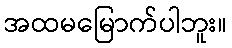
အထမမြောက်ပါဘူး။